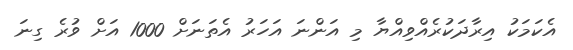
އެކަމަކު އިރާދަކުރެއްވިއްޔާ މި އަންނަ އަހަރު އެތަނަށް 1000 އަށް ވުރެ ގިނަ